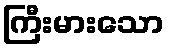
ကြီးမားသော